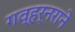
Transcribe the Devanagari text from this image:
गव्हर्नराने